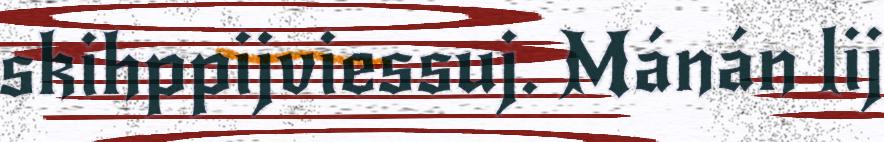
skihppijviessuj. Mánán lij